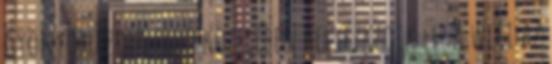
gyönyörű zöld erdő közelében helyezkedik el. A wifi az